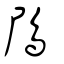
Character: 鳲